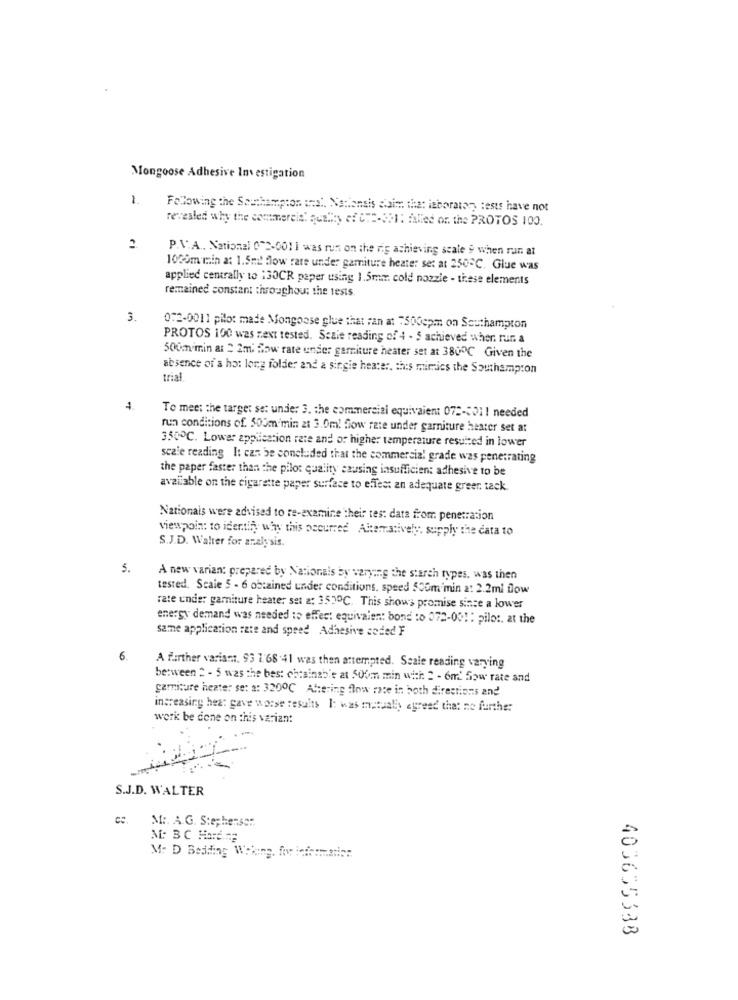
Mongoose Adhesive Investigation
1
Following the Southampton :es. Notionsis claim that isboraton tests have not
revealed why the commercial quality of CHE-3011 filied or the PROTOS 100.
2
P.V.A ., National 072-001 1 was run on the rig achieving scale 9 when run at
1020m min a: 1.5mt flow rate under garniture heater set at 250℃. Glue was
applied centrally to 130CR paper using 1.5mm cold nozzle - these elements
remained constant throughout the tests.
3.
0:2-0011 pilot made Mongoose glue that ran at 7500spm on Southampton
PROTOS 100 was next tested. Scale reading of 4 - 5 achieved wher, run a
500m/min at " 2m; Bow rate under garniture heater set at 3800℃ Given the
absence of a hot long folder and a single heater. this mimics the Southampton
trial
To meet the target set under 3. the commercial equivalent 072-2011 needed
run conditions of. 500m min at 3.0m! flow rate under garniture heater set at
3500℃. Lower application rate and or higher temperature resulted in lower
scale reading It can be concluded that the commercial grade was penetrating
the paper faster than the pilot quality causing insufficient adhesive to be
available on the cigarette paper surface to effect an adequate greer tack
Nationals were advised to re-examine their tes: data from penetration
viewpoint to identify why this occurred Akematively, supply the cata to
S.J.D. Walter for analysis.
5.
A new varian: prepared by Nationals by varying the starch types, was then
tested. Scale 5 - 6 obtained under conditions, speed 500m'min a: 2.2ml flow
rate under garniture heater set a: 3520℃. This shows promise since a lower
energy demand was needed to effect equivalen: bond :o 072-001: pilot. at the
samme application rate and speed Adhesive coded F
6.
A further varismat. 93 1.68.41 was then attempted. Seale reading varying
between " - 5 was the best chrainable at 500m min with " - ond' Sow rate and
garniture heater se: a: 3200℃ Altering flow rate in both directions and
increasing hea: gave worse results I: was mutually agreed that ne further
work be done on this variant
S.J.D. WALTER
Mr. A.G. Stephenser.
Mi: BC Hard.SE
M: D Bedding Wekene, for information
403655338